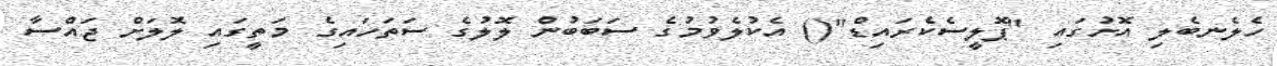
ހެލެނބެލި އޮށުގައި "ޕޮލީސެކެރައިޑް"() އެކުލެވުމުގެ ސަބަބުން ލޮލުގެ ސަތަހައިގެ މަތީގައި ލޮލަށް ޖައްސާ